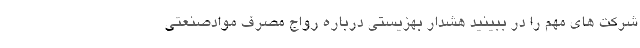
شرکت های مهم را در ببینید هشدار بهزیستی درباره رواج مصرف موادصنعتی